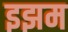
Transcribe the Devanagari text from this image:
इझम